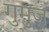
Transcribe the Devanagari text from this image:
गुमुज़